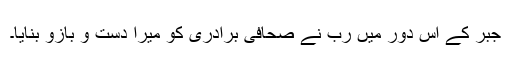
جبر کے اس دور میں رب نے صحافی برادری کو میرا دست و بازو بنایا۔